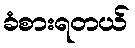
ခံစားရတယ်